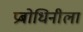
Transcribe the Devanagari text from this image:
प्रबोधिनीला